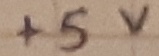
Text: +5V